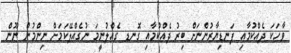
ވާހަކަ ދެއްކުމާއި ފަނޑިޔާރުންނަށް ބިރު ދެއްކުމާއި ގޮނޑ ގެއްލުނީމަ ނުގެއްލޭކަމަށް ނިންމުން ނޫން